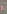
ر